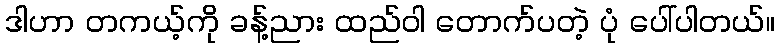
ဒါဟာ တကယ့်ကို ခန့်ညား ထည်ဝါ တောက်ပတဲ့ ပုံ ပေါ်ပါတယ်။